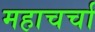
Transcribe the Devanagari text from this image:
महाचर्चा